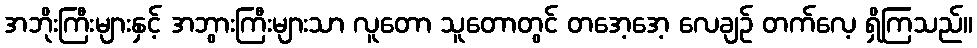
အဘိုးကြီးများနှင့် အဘွားကြီးများသာ လူတော သူတောတွင် တအေ့အေ့ လေချဉ် တက်လေ့ ရှိကြသည်။